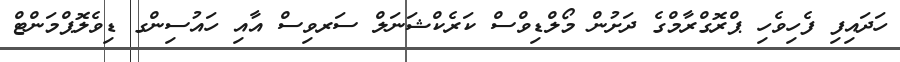
ހަދައިފި ފެހިވެހި ޕްރޮގްރާމްގެ ދަށުން މޯލްޑިވްސް ކަރެކްޝަނަލް ސަރވިސް އާއި ހައުސިންގ ޑިވެލޮޕްމަންޓް